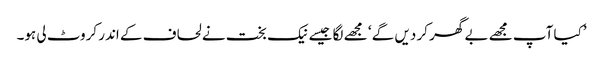
’کیا آپ مجھے بے گھر کر دیں گے ‘ مجھے لگا جیسے نیک بخت نے لحاف کے اندر کروٹ لی ہو۔